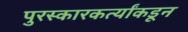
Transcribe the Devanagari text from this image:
पुरस्कारकर्त्यांकडून